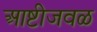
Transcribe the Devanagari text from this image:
आष्टीजवळ